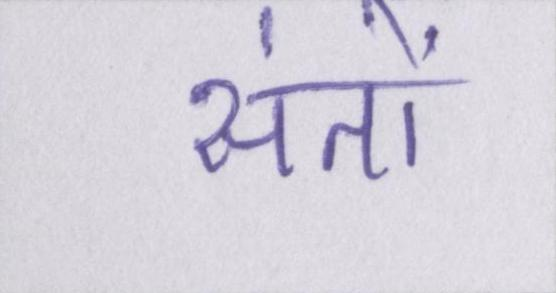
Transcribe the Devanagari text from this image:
संतों